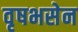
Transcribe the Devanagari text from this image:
वृषभसेन